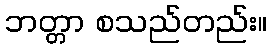
ဘတ္တာ စသည်တည်း။